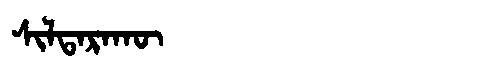
Manchu: ᠰᡳᠯᡨᠠᡵᠠᡴᡡ
Romanization: SILTARAKŪ